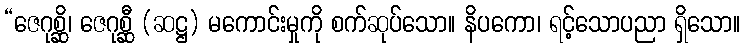
“ဇေဂုစ္ဆိ၊ ဇေဂုစ္ဆီ (ဆဋ္ဌ) မကောင်းမှုကို စက်ဆုပ်သော။ နိပကော၊ ရင့်သောပညာ ရှိသော။